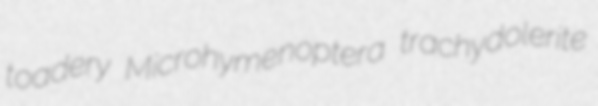
toadery Microhymenoptera trachydolerite